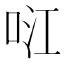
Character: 𭇮